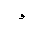
Letter: _waw